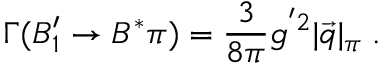
\Gamma ( B _ { 1 } ^ { \prime } \to B ^ { * } \pi ) = { \frac { 3 } { 8 \pi } } g ^ { ' 2 } | \vec { q } | _ { \pi } \; .